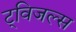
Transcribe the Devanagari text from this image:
ट्विजल्स